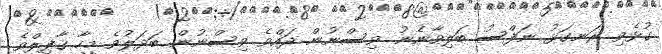
ގުޅެވި ރަނގަޅު ނަފްސު ބަލިވާނެނު. ވިސްނުން ދައްވެ ވިސްނުން ބަދަލުވެ މީހާ ޤާފިލްވެ